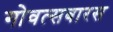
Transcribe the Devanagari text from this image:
गोवत्सबारस